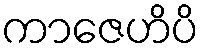
ကာဇေဟိပိ